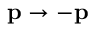
\mathbf { p } \rightarrow - \mathbf { p }